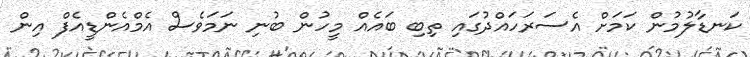
ކަނޑާލުމުން ކަމަށް އެސަރަހައްދުގައި ތިބި ބައެއް މީހުން ބުނި ނަމަވެސް އެމްއެންޑީއެފް އިން